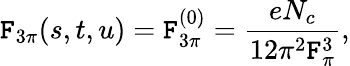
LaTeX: \mathtt{F}_{3\pi}(s,t,u)=\mathtt{F}_{3\pi}^{(0)}=\frac{{eN_{c}}}{{12\pi^{2}\mathtt{F}_{\pi}^{3}}},